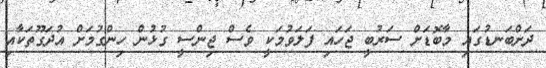
ދަށްބަނޑުގައި މާބޮޑަށް ސަރުބީ ޖަހައި ފަލަވުމަކީ ވެސް ޖިންސީ ގުޅުން ހިންގުމަށް އުދަގޫތަކާއި